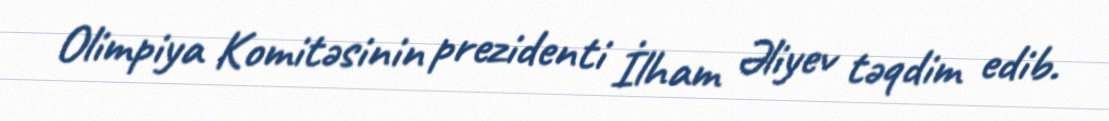
Olimpiya Komitəsinin prezidenti İlham Əliyev təqdim edib.